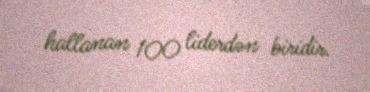
hallanan 100 liderdən biridir.